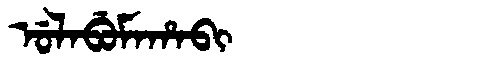
Manchu: ᡠᠯᠠᠪᡠᠮᠠᡥᠠᠪᡳ
Romanization: ULABUMAHABI